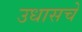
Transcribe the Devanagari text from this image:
उधासचे